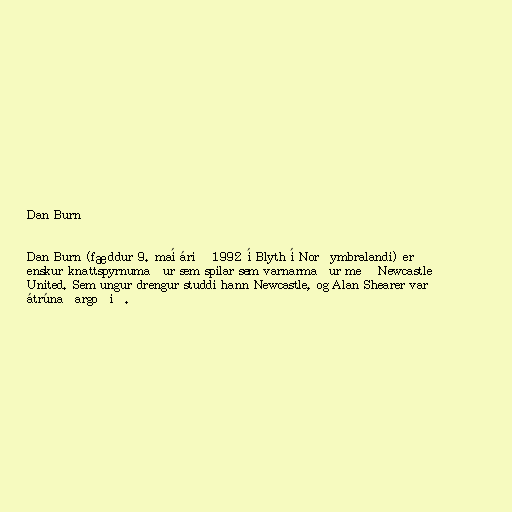
Dan Burn

Dan Burn (fæddur 9. maí árið 1992 í Blyth í Norðymbralandi) er
enskur knattspyrnumaður sem spilar sem varnarmaður með Newcastle
United. Sem ungur drengur studdi hann Newcastle, og Alan Shearer var
átrúnaðargoðið.